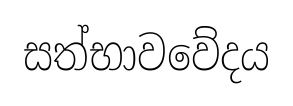
සත්භාවවේදය